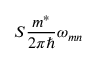
S \frac { m ^ { * } } { 2 \pi \hbar } { \omega } _ { m n }